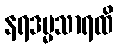
နရဒမ္မသာရထိ